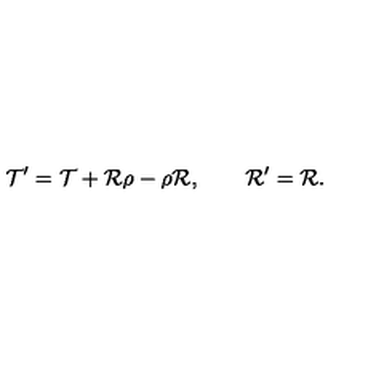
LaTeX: { \cal T } ^ { \prime } = { \cal T } + { \cal R } \rho - \rho { \cal R } , \qquad { \cal R } ^ { \prime } = { \cal R } .